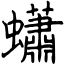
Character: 蠨